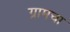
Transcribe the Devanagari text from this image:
ग्रामचा